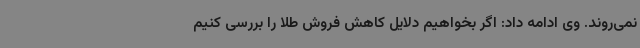
نمی‌روند. وی ادامه داد: اگر بخواهیم دلایل کاهش فروش طلا را بررسی کنیم